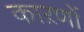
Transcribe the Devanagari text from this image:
काऱणों